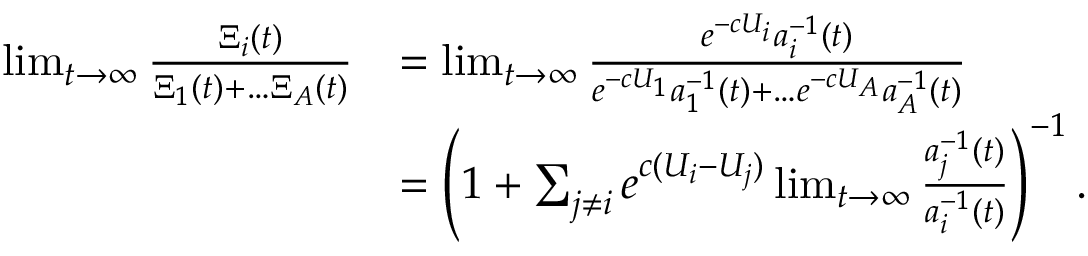
\begin{array} { r l } { \operatorname* { l i m } _ { t \to \infty } \frac { \Xi _ { i } ( t ) } { \Xi _ { 1 } ( t ) + \ldots \Xi _ { A } ( t ) } } & { = \operatorname* { l i m } _ { t \to \infty } \frac { e ^ { - c U _ { i } } a _ { i } ^ { - 1 } ( t ) } { e ^ { - c U _ { 1 } } a _ { 1 } ^ { - 1 } ( t ) + \ldots e ^ { - c U _ { A } } a _ { A } ^ { - 1 } ( t ) } } \\ & { = \left( 1 + \sum _ { j \ne i } e ^ { c ( U _ { i } - U _ { j } ) } \operatorname* { l i m } _ { t \to \infty } \frac { a _ { j } ^ { - 1 } ( t ) } { a _ { i } ^ { - 1 } ( t ) } \right) ^ { - 1 } . } \end{array}